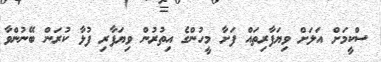
ސްކީމަށް އަލަށް ވިޔަފާރިތައް ފަށާ މީހުންގެ އިތުރުން ވިޔަފާރި ފުޅާ ކުރަން ބޭނުންވާ